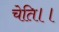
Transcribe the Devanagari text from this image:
चेति।।